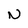
Character: N